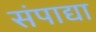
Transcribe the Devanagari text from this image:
संपाद्या